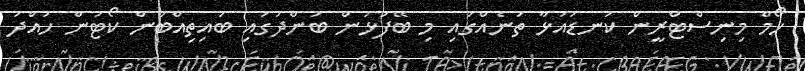
ހޯމް މިނިސްޓްރީން ކަނޑައަޅާ ތަނެއްގައި މި ބޭފުުޅުން ބަންދުގައި ބައިތިއްބަން ކޯޓުން ހުއްދަ